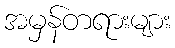
အမှန်တရားများ